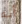
أنه